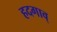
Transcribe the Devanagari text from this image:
हदगाव्